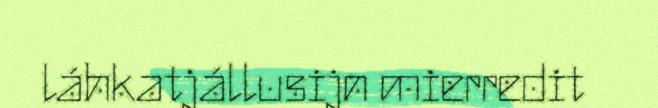
láhkatjállusijn mierredit